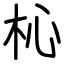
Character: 杺